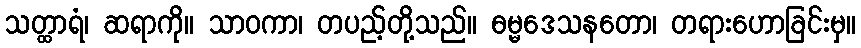
သတ္ထာရံ၊ ဆရာကို။ သာဝကာ၊ တပည့်တို့သည်။ ဓမ္မဒေသနတော၊ တရားဟောခြင်းမှ။